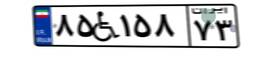
۸۵W۱۵۸۷۳